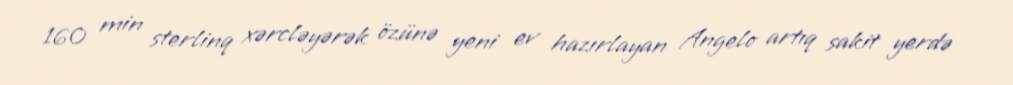
160 min sterlinq xərcləyərək özünə yeni ev hazırlayan Angelo artıq sakit yerdə